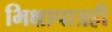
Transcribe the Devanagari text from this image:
भिक्षापात्रही